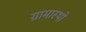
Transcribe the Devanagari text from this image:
ग्रामास्थो